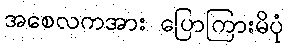
အစေလကအား ပြောကြားမိပုံ